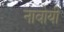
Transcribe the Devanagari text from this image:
नावोयी